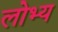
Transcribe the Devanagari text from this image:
लोभ्य